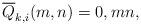
LaTeX: \begin{align*}\overline{Q}_{k,i}(m,n)=0, mn,\end{align*}